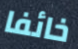
خائفا